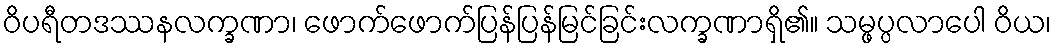
ဝိပရီတဒဿနလက္ခဏာ၊ ဖောက်ဖောက်ပြန်ပြန်မြင်ခြင်းလက္ခဏာရှိ၏။ သမ္ဖပ္ပလာပေါ ဝိယ၊